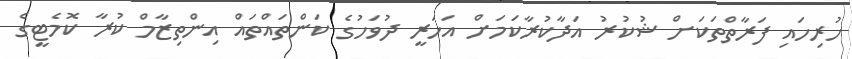
ހުރިހައި ފަރާތްތަކަށް ޝުކުރު އަދާކުރާކަމަށް އަހަރީ ދުވަހުގެ ކަންތައްތައް އިންތިޒާމް ކުރާ ކޮމެޓީގެ